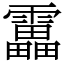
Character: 靁